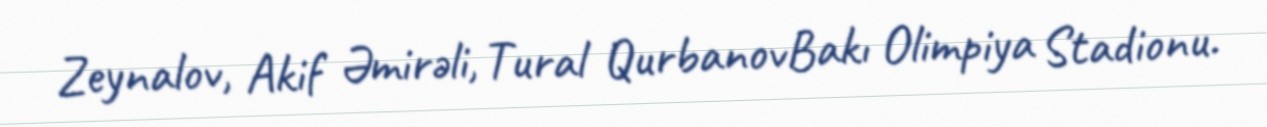
Zeynalov, Akif Əmirəli, Tural QurbanovBakı Olimpiya Stadionu.